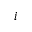
i